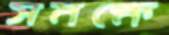
সমক্ষে